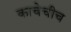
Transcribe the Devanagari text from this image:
काचेचीच